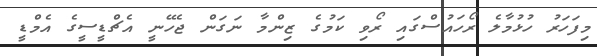
މިފަހަރު ހުޅުމާލެ ރޯހައުސްގައި ރޯވި ކަމުގެ ޒިންމާ ނަގަން ޖެހޭނީ އެޗްޑީސީގެ އެމްޑީ